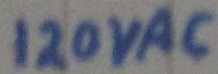
Text: 120VAC